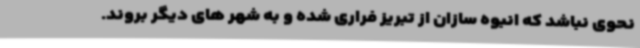
نحوی نباشد که انبوه سازان از تبریز فراری شده و به شهر های دیگر بروند.